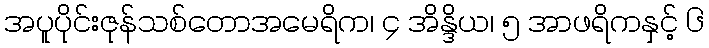
အပူပိုင်းဇုန်သစ်တောအမေရိက၊ ၄ အိန္ဒိယ၊ ၅ အာဖရိကနှင့် ၆